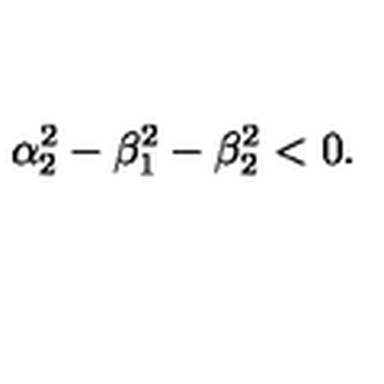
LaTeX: \alpha _ { 2 } ^ { 2 } - \beta _ { 1 } ^ { 2 } - \beta _ { 2 } ^ { 2 } < 0 .